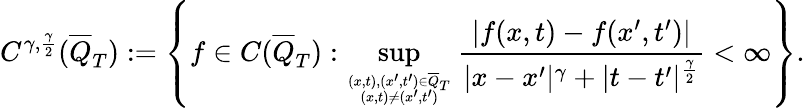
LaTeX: C^{\gamma,\frac{\gamma}{2}}(\overline{Q}_{T}):=\left\{ f\in C(\overline{Q}_{T}):\operatorname*{sup}_{(x,t),(x^{\prime},t^{\prime})\in\overline{Q}_{T}\atop(x,t)\neq(x^{\prime},t^{\prime})}\frac{|f(x,t)-f(x^{\prime},t^{\prime})|}{|x-x^{\prime}|^{\gamma}+|t-t^{\prime}|^{\frac{\gamma}{2}}}<\infty\right\} .